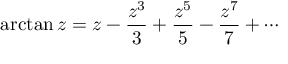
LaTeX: \arctan z = z - { \frac { z ^ { 3 } } { 3 } } + { \frac { z ^ { 5 } } { 5 } } - { \frac { z ^ { 7 } } { 7 } } + \cdots